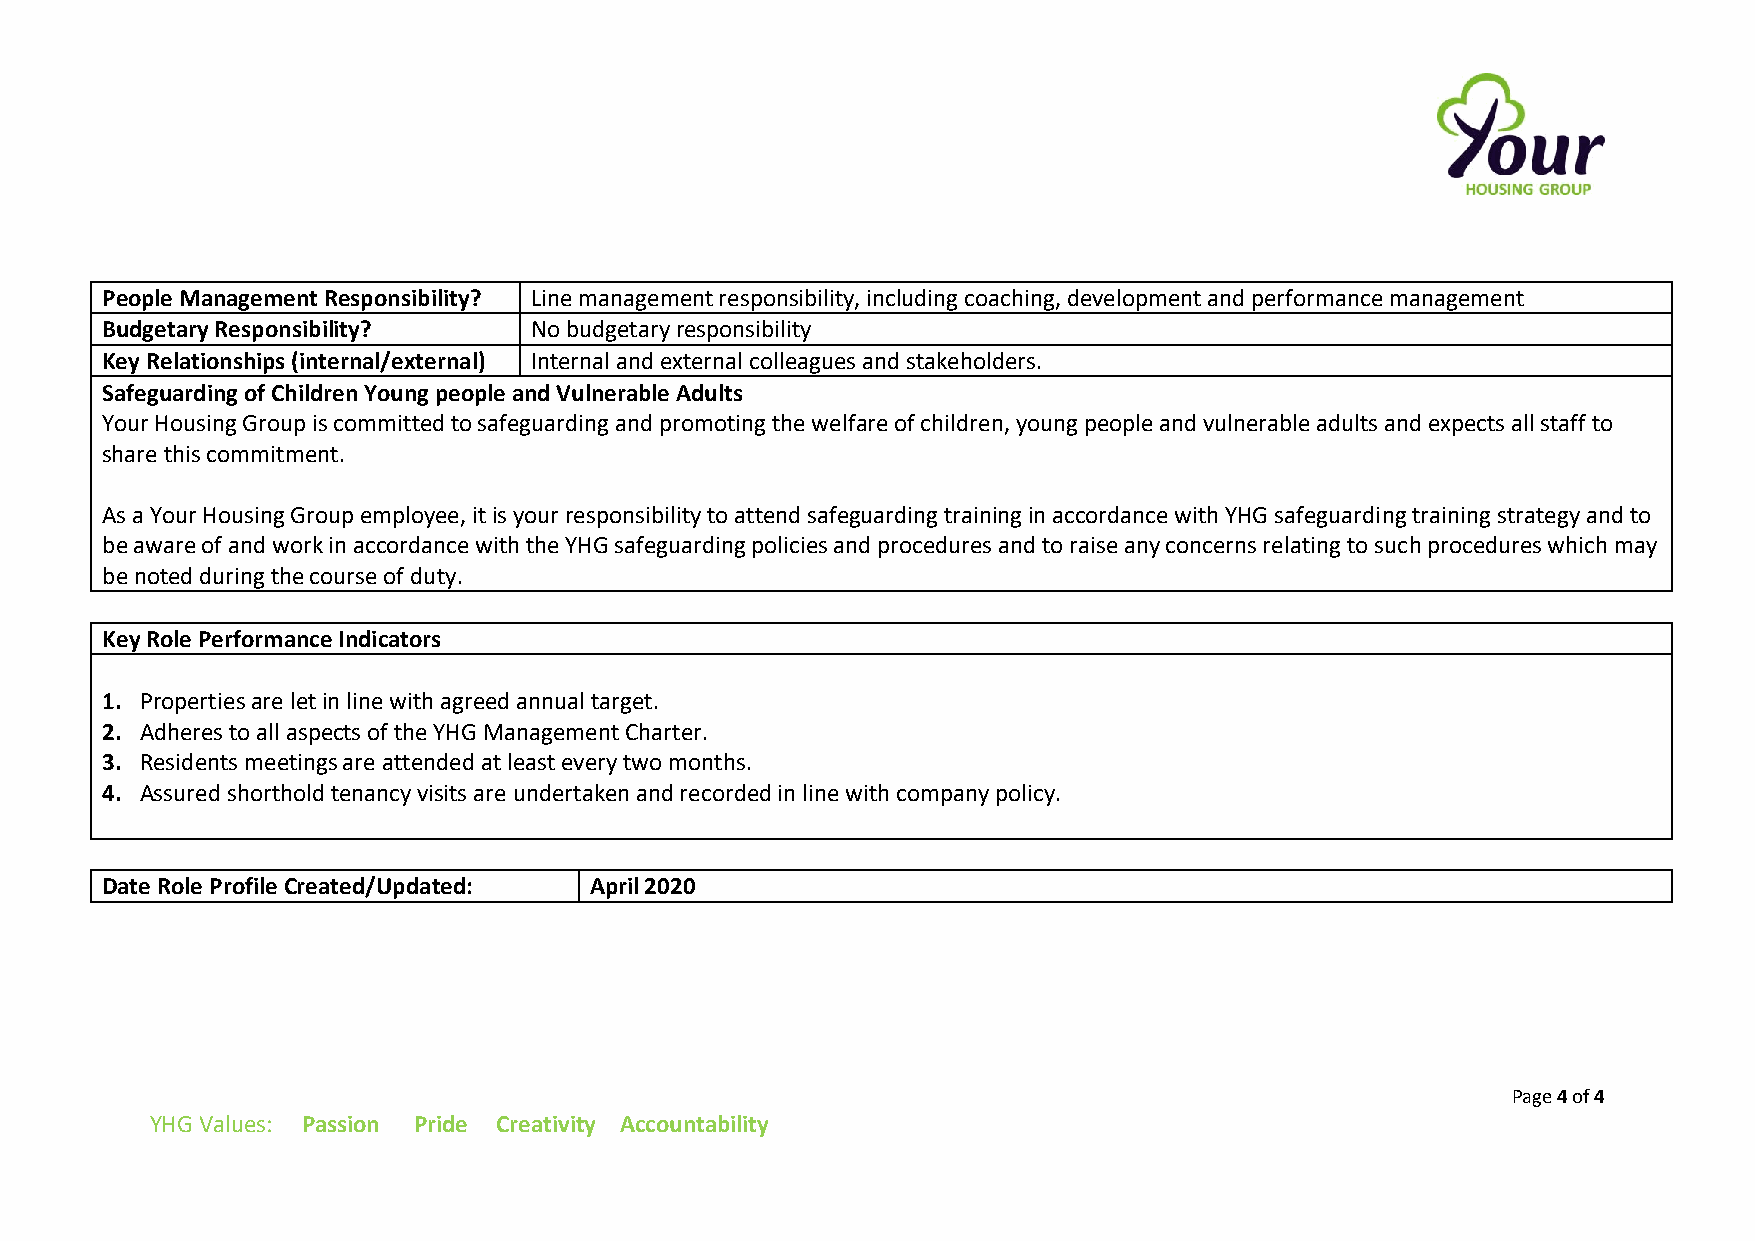
People Management Responsibility? Line management responsibility, including coaching, development and performance management
 Budgetary Responsibility?   No budgetary responsibility
 Key Relationships (internal/external) Internal and external colleagues and stakeholders.
 Safeguarding of Children Young people and Vulnerable Adults
 Your Housing Group is committed to safeguarding and promoting the welfare of children, young people and vulnerable adults and expects all staff to
 share this commitment.
 As a Your Housing Group employee, it is your responsibility to attend safeguarding training in accordance with YHG safeguarding training strategy and to
 be aware of and work in accordance with the YHG safeguarding policies and procedures and to raise any concerns relating to such procedures which may
 be noted during the course of duty.
 Key Role Performance Indicators
 1. Properties are let in line with agreed annual target.
 2. Adheres to all aspects of the YHG Management Charter.
 3. Residents meetings are attended at least every two months.
 4. Assured shorthold tenancy visits are undertaken and recorded in line with company policy.
 Date Role Profile Created/Updated: April 2020
 Page 4 of 4
 YHG Values: Passion Pride Creativity Accountability